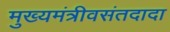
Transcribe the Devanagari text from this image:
मुख्यमंत्रीवसंतदादा